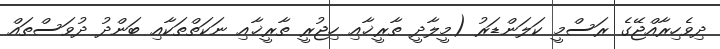
ދިވެހިރާއްޖޭގެ ރަސްމީ ކަލަންޑަރު (މީލާދީ ތާރީޚާއި ހިޖުރީ ތާރީޚާއި ނަކަތްތަކާއި ބަންދު ދުވަސްތައް